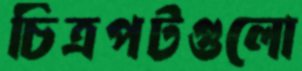
চিত্রপটগুলো